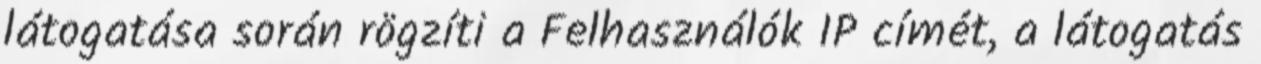
látogatása során rögzíti a Felhasználók IP címét, a látogatás